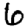
Digit: 6